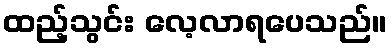
ထည့်သွင်း လေ့လာရပေသည်။